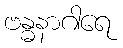
ဗန္ဓနာဂါရေ